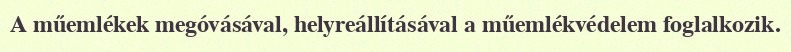
A műemlékek megóvásával, helyreállításával a műemlékvédelem foglalkozik.